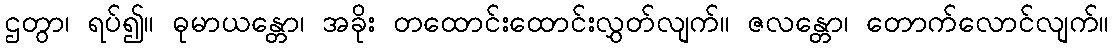
ဌတွာ၊ ရပ်၍။ ဓုမာယန္တော၊ အခိုး တထောင်းထောင်းလွှတ်လျက်။ ဇလန္တော၊ တောက်လောင်လျက်။